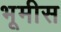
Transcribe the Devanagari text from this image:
भूमीस